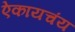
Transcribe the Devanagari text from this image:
ऐकायचंय